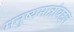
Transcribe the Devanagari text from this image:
मनुष्यमात्रांबद्दल